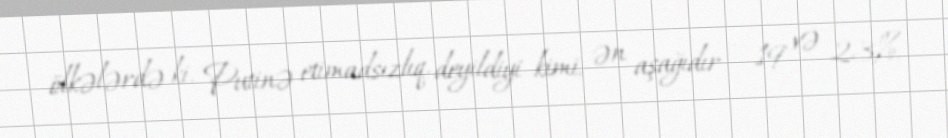
ölkələrdə ki, Putinə etimadsızlıq, deyildiyi kimi, ən aşağıdır – 19 və 23%.